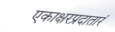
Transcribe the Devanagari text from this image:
एकाक्षरप्रदातारं